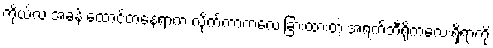
ကိုယ်လဲ အခန်းထောင့်တနေရာက လိုက်ကာကလေးခြားထားတဲ့ အရက်ဘီရိုကလေးရှိရာကို